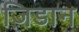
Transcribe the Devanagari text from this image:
ज़िडान